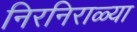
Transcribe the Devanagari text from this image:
निरनिराळ्या